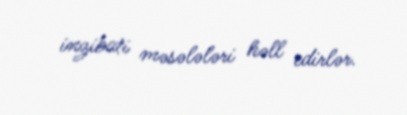
inzibati məsələləri həll edirlər.